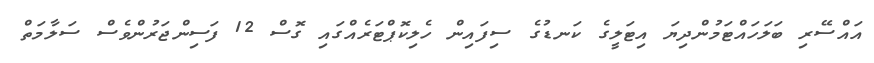
އައްސޭރި ބަލަހައްޓަމުންދިޔަ އިޓަލީގެ ކަނޑުގެ ސިފައިން ހެލިކޮޕްޓަރެއްގައި ގޮސް 12 ފަސިންޖަރުންވެސް ސަލާމަތް